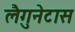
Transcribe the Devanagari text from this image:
लैगुनेटास